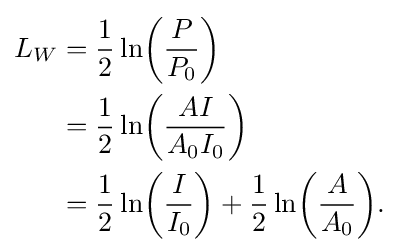
{\begin{aligned}L_{W}&={\frac {1}{2}}\ln \!\left({\frac {P}{P_{0}}}\right)\\&={\frac {1}{2}}\ln \!\left({\frac {AI}{A_{0}I_{0}}}\right)\\&={\frac {1}{2}}\ln \!\left({\frac {I}{I_{0}}}\right)+{\frac {1}{2}}\ln \!\left({\frac {A}{A_{0}}}\right)\!.\end{aligned}}